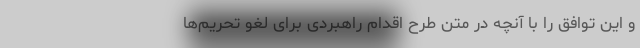
و این توافق را با آنچه در متن طرح اقدام راهبردی برای لغو تحریم‌ها